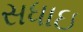
સધાઇ